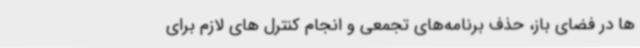
ها در فضای باز، حذف برنامه‌های تجمعی و انجام کنترل های لازم برای